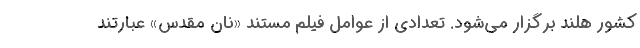
کشور هلند برگزار می‌شود. تعدادی از عوامل فیلم مستند «نان مقدس» عبارتند